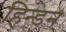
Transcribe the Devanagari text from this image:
हिन्‍डन